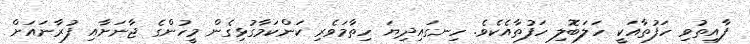
ފާއިތުވި ހަފުތާއަކީ ހަލަބޮލި ހަފުތާއެކެވެ. ހިނގައިދިޔަ ހިތާމަވެރި ކަންކަމާގުޅިގެން މީހުންގެ ޖާނަށާއި ފުރާނައަށް